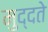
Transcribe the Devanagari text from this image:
मुद्दते